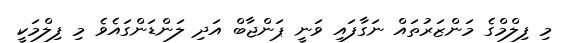
މި ފިލްމްގެ މަންޒަރުތައް ނަގާފައި ވަނީ ޕަންޖާބް އަދި ލަންޑަންގައެވެ މި ފިލްމަކީ